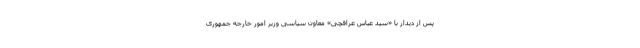
پس از دیدار با «سید عباس عراقچی» معاون سیاسی وزیر امور خارجه جمهوری